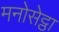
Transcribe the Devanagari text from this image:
मनोसेट्ठा